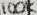
Text: 100K